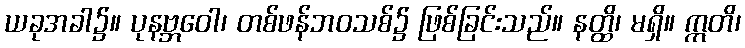
ယခုအခါ၌။ ပုနဗ္ဘဝေါ၊ တစ်ဖန်ဘဝသစ်၌ ဖြစ်ခြင်းသည်။ နတ္ထိ၊ မရှိ။ ဣတိ၊